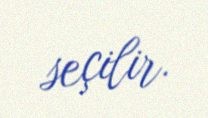
seçilir.